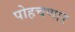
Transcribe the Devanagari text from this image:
पोहचणार